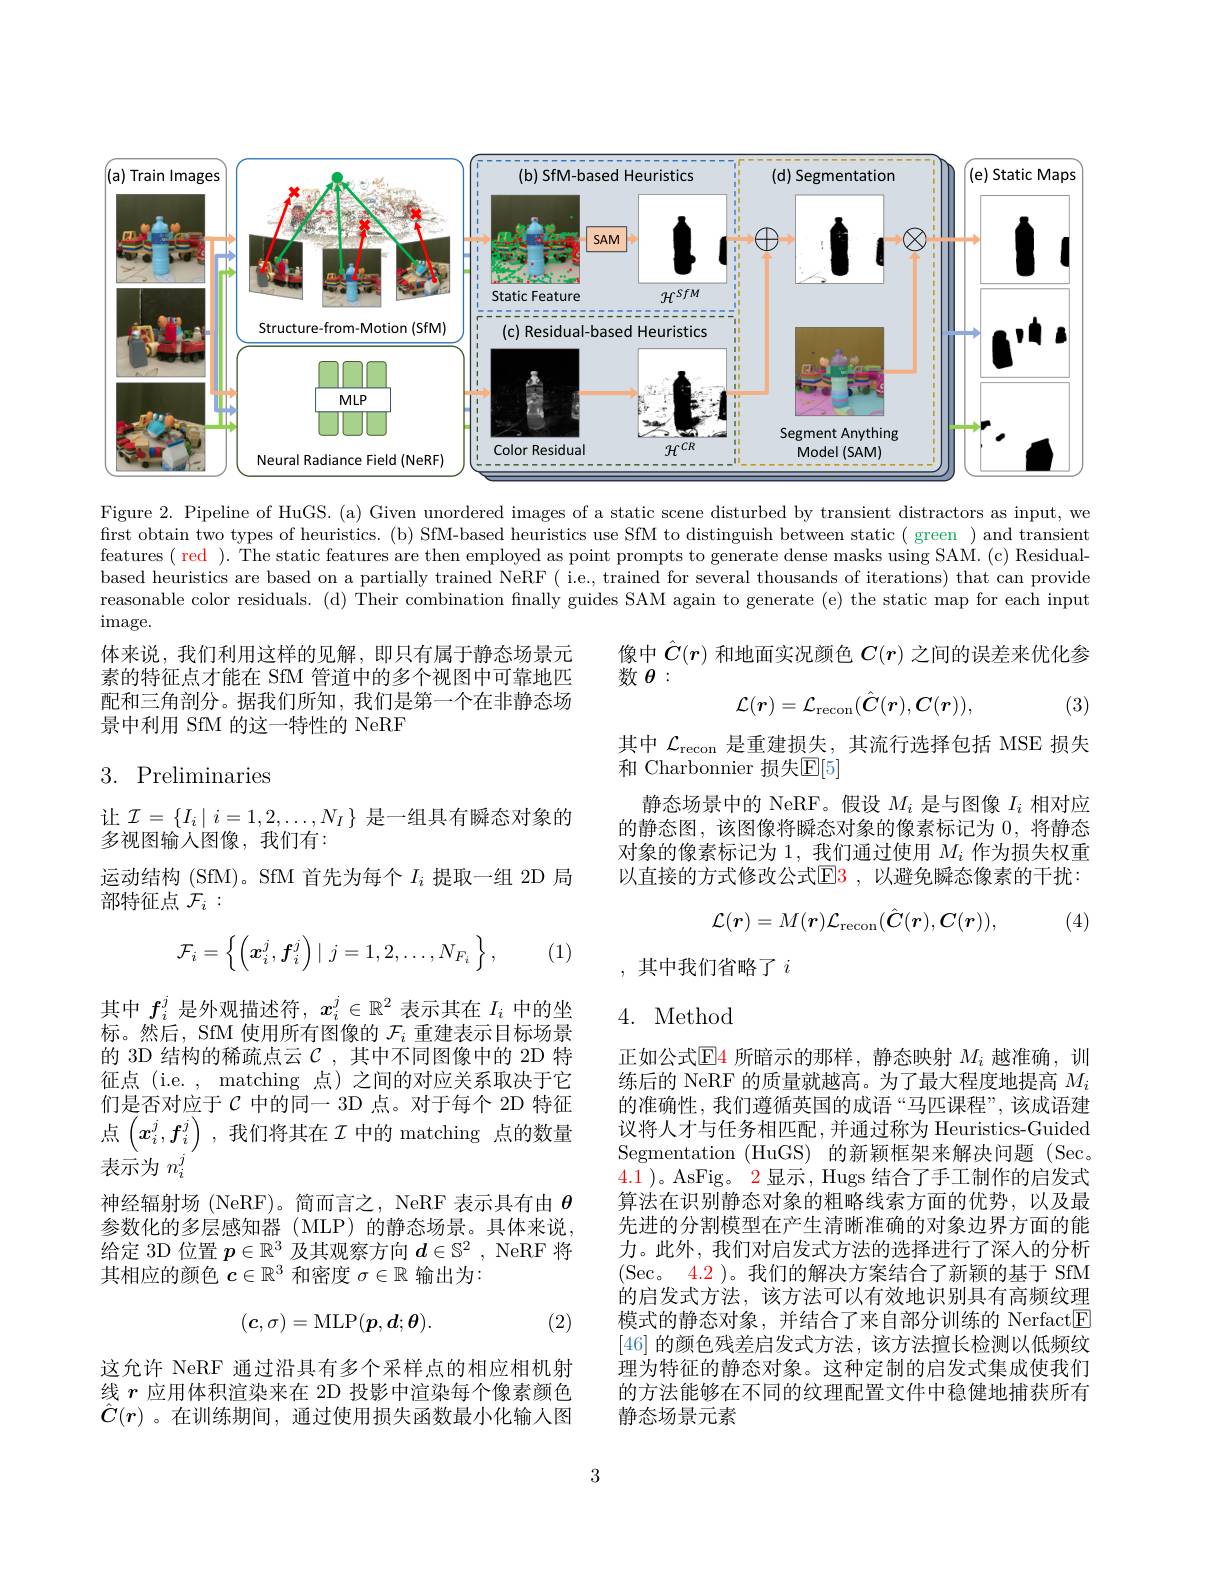
<FigureHere>

Figure 2. Pipeline of HuGS. (a) Given unordered images of a static scene disturbed by transient distractors as input, we first obtain two types of heuristics. (b) SfM-based heuristics use SfM to distinguish between static( green ) and transient features $( \textbf{ red }) .$ The static features are then employed as point prompts to generate dense masks using SAM. (c) Residualbased heuristics are based on a partially trained NeRF ( i.e, trained for several thousands of iterations) that can provide reasonable color residuals. (d) Their combination finally guides SAM again to generate (e) the static map for each input image.

像中$\hat{C}(r)$和地面实况颜色$C(r)$之间的误差来优化参
数$\theta:$
$$\mathcal{L}(r)=\mathcal{L}_{\mathrm{recon}}(\hat{C}(r),C(r)),$$
体来说，我们利用这样的见解，即只有属于静态场景元素的特征点才能在 SfM 管道中的多个视图中可靠地匹配和三角剖分。据我们所知，我们是第一个在非静态场景中利用 SfM 的这一特性的 NeRF

(3)

## 3. Preliminaries

其中$\mathcal{L}_\mathrm{recon}$是重建损失，其流行选择包括 MSE 损失
和 Charbonnier 损失$\mathbb{E}[5]$
静态场景中的 NeRF。假设$M_i$是与图像$I_i$相对应的静态图，该图像将瞬态对象的像素标记为0，将静态对象的像素标记为 1, 我们通过使用$M_i$作为损失权重以直接的方式修改公式$\color{red}{\mathrm{E}}\color{red}{\mathrm{3~,}}$以避免瞬态像素的干扰：

让$\mathcal{I}=\{I_i\mid i=1,2,\ldots,N_I\}$是一组具有瞬态对象的
多视图输人图像，我们有：
运动结构 (SfM)。SfM 首先为每个$I_i$提取一组 2D 局
部特征点$\mathcal{F}_i:$
$$\mathcal{L}(\boldsymbol{r})=M(\boldsymbol{r})\mathcal{L}_{\mathrm{recon}}(\hat{C}(\boldsymbol{r}),\boldsymbol{C}(\boldsymbol{r})),$$
(4)

(1)
$$\mathcal{F}_{i}=\left\{\left(\boldsymbol{x}_{i}^{j},\boldsymbol{f}_{i}^{j}\right)\mid j=1,2,\dots,N_{F_{i}}\:\right\},$$
,其中我们省略了$i$

4. Method

其中$f_i^j$是外观描述符，$x_i^j\in\mathbb{R}^2$表示其在$I_i$中的坐标。然后，SfM 使用所有图像的$\mathcal{F}_i$重建表示目标场景的 3D 结构的稀疏点云$\mathcal{C}$ ,其中不同图像中的 2D 特征点 (i.e. , matching 点)之间的对应关系取决于它们是否对应于$\mathcal{C}$ 中的同一 3D 点。对于每个 2D 特征点$\left(x_i^j,f_i^j\right)$,我们将其在$\mathcal{I}$中的 matching 点的数量表示为$n_i^j$
神经辐射场 (NeRF)。简而言之，NeRF 表示具有由$\theta$ 参数化的多层感知器(MLP)的静态场景。具体来说， 给定 3D 位置$p\in\mathbb{R}^3$及其观察方向$d\in\mathbb{S}^2$, NeRF 将其相应的颜色$c\in\mathbb{R}^3$和密度$\sigma\in\mathbb{R}$输出为：

正如公式$\color{blue}{\operatorname*{E}}$4 所暗示的那样，静态映射 $M_i$ 越准确 ,训练后的 NeRF 的质量就越高。为了最大程度地提高$M_i$ 的准确性，我们遵循英国的成语“马匹课程”,该成语建议将人才与任务相匹配，并通过称为 Heuristics-Guided Segmentation (HuGS) 的新颖框架来解决问题 (Sec。4.1 )。AsFig。2 显示，Hugs 结合了手工制作的启发式算法在识别静态对象的粗略线索方面的优势，以及最先进的分割模型在产生清晰准确的对象边界方面的能力。此外，我们对启发式方法的选择进行了深入的分析(Sec。4.2 )。我们的解决方案结合了新颖的基于 SfM 的启发式方法，该方法可以有效地识别具有高频纹理模式的静态对象，并结合了来自部分训练的 Nerfact$\boxed{\mathrm{F}}$ [46]的颜色残差启发式方法，该方法擅长检测以低频纹理为特征的静态对象。这种定制的启发式集成使我们的方法能够在不同的纹理配置文件中稳健地捕获所有静态场景元素
$$(\boldsymbol{c},\sigma)=\mathrm{MLP}(\boldsymbol{p},\boldsymbol{d};\boldsymbol{\theta}).$$
(2)

这允许 NeRF 通过沿具有多个采样点的相应相机射线$r$应用体积渲染来在 2D 投影中渲染每个像素颜色$\hat{C}(r)$ 。在训练期间，通过使用损失函数最小化输人图

3